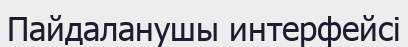
Пайдаланушы интерфейсі